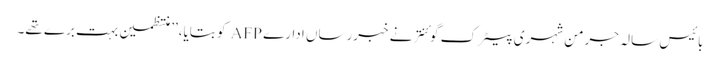
بائیس سالہ جرمن شہری پیٹرک گوئنتر نے خبررساں ادارے AFP کو بتایا،’’ منتظمین بہت برے تھے۔